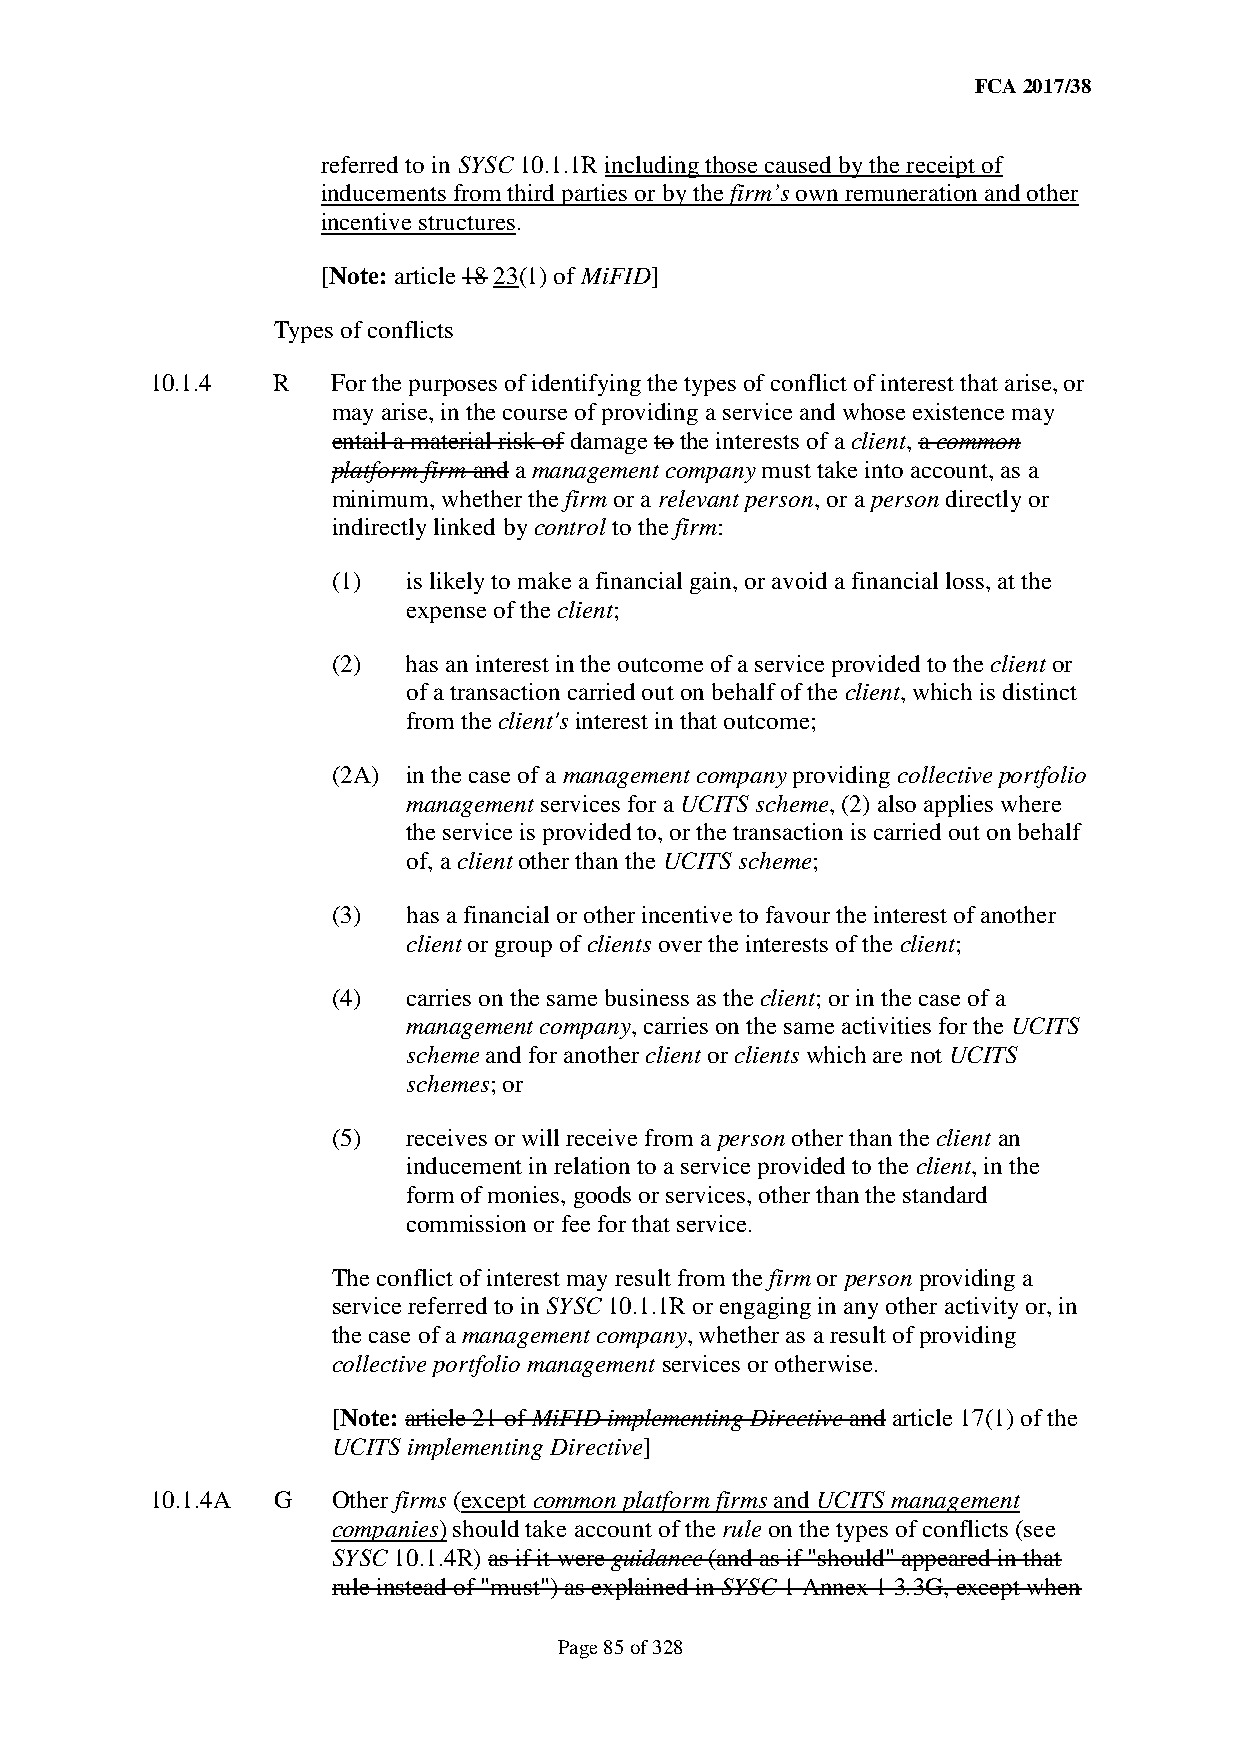
FCA 2017/38
 referred to in SYSC 10.1.1R including those caused by the receipt of
 inducements from third parties or by the firm’s own remuneration and other
 incentive structures.
 [Note: article 18 23(1) of MiFID]
 Types of conflicts
 10.1.4  R   For the purposes of identifying the types of conflict of interest that arise, or
 may arise, in the course of providing a service and whose existence may
 entail a material risk of damage to the interests of a client, a common
 platform firm and a management company must take into account, as a
 minimum, whether the firm or a relevant person, or a person directly or
 indirectly linked by control to the firm:
 (1)  is likely to make a financial gain, or avoid a financial loss, at the
 expense of the client;
 (2)  has an interest in the outcome of a service provided to the client or
 of a transaction carried out on behalf of the client, which is distinct
 from the client's interest in that outcome;
 (2A) in the case of a management company providing collective portfolio
 management services for a UCITS scheme, (2) also applies where
 the service is provided to, or the transaction is carried out on behalf
 of, a client other than the UCITS scheme;
 (3)  has a financial or other incentive to favour the interest of another
 client or group of clients over the interests of the client;
 (4)  carries on the same business as the client; or in the case of a
 management company, carries on the same activities for the UCITS
 scheme and for another client or clients which are not UCITS
 schemes; or
 (5)  receives or will receive from a person other than the client an
 inducement in relation to a service provided to the client, in the
 form of monies, goods or services, other than the standard
 commission or fee for that service.
 The conflict of interest may result from the firm or person providing a
 service referred to in SYSC 10.1.1R or engaging in any other activity or, in
 the case of a management company, whether as a result of providing
 collective portfolio management services or otherwise.
 [Note: article 21 of MiFID implementing Directive and article 17(1) of the
 UCITS implementing Directive]
 10.1.4A G   Other firms (except common platform firms and UCITS management
 companies) should take account of the rule on the types of conflicts (see
 SYSC 10.1.4R) as if it were guidance (and as if "should" appeared in that
 rule instead of "must") as explained in SYSC 1 Annex 1 3.3G, except when
 Page 85 of 328